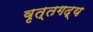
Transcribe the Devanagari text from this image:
वृत्तगद्य